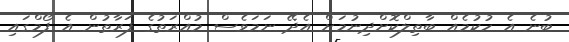
ބުނެ އެ ހުކުމެއް ބާތިލްކޮށްދިނުމަށް އެދޭ ނަމަވެސް މުއްރަތުގެ ފަރާތުން އެ ފޯމްގައި